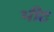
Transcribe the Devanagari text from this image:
भीट